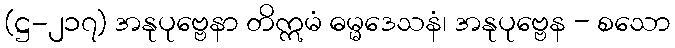
(ဋ္ဌ-၂၁၇) အနုပုဗ္ဗေနာ တိဣမံ ဓမ္မဒေသနံ၊ အနုပုဗ္ဗေန - စသော